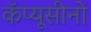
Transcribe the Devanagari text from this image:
कॅप्यूसीनो